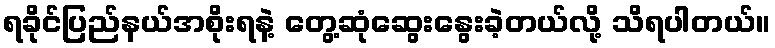
ရခိုင်ပြည်နယ်အစိုးရနဲ့ တွေ့ဆုံဆွေးနွေးခဲ့တယ်လို့ သိရပါတယ်။